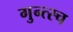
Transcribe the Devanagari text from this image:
गुन्त्स्च